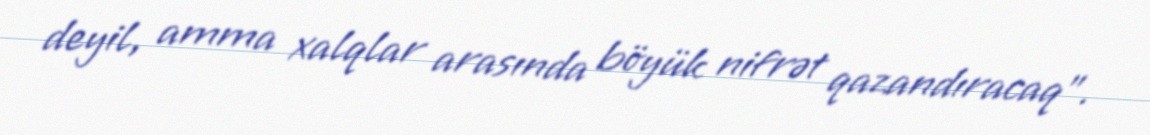
deyil, amma xalqlar arasında böyük nifrət qazandıracaq".